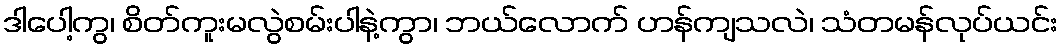
ဒါပေါ့ကွ၊ စိတ်ကူးမလွဲစမ်းပါနဲ့ကွာ၊ ဘယ်လောက် ဟန်ကျသလဲ၊ သံတမန်လုပ်ယင်း